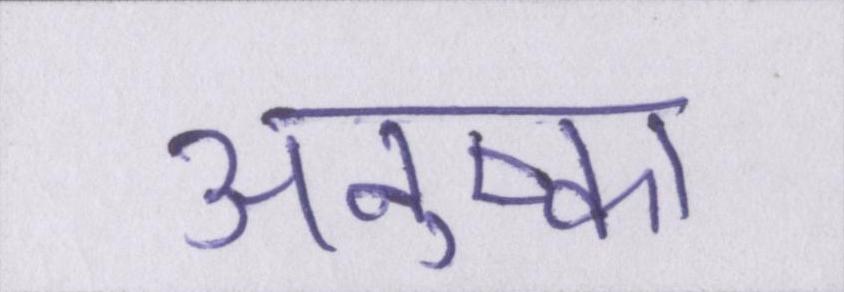
अनुष्का